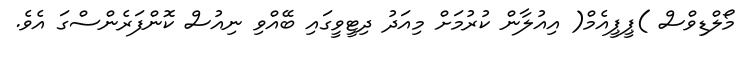
މޯލްޑިވްސް )ޕީޕީއެމް( އިއުލާން ކުރުމަށް މިއަދު ދިޓީވީގައި ބޭއްވި ނިއުސް ކޮންފަރެންސްގަ އެވެ.